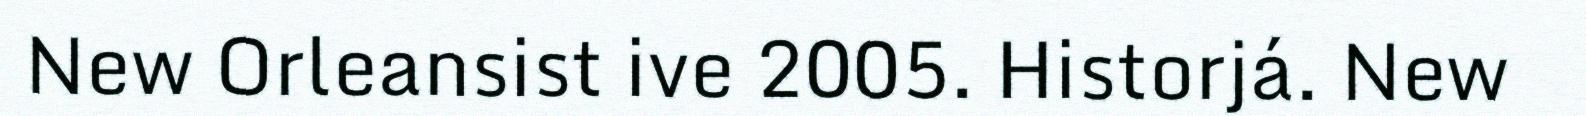
New Orleansist ive 2005. Historjá. New